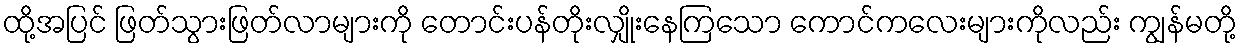
ထို့အပြင် ဖြတ်သွားဖြတ်လာများကို တောင်းပန်တိုးလျှိုးနေကြသော ကောင်ကလေးများကိုလည်း ကျွန်မတို့